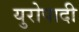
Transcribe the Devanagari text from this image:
युरोपादी